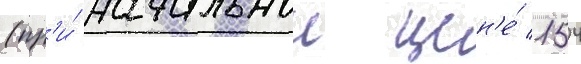
(пр'и́ начальнои цен'е́ 154